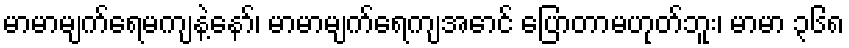
မာမာမျက်ရေမကျနဲ့နော်၊ မာမာမျက်ရေကျအောင် ပြောတာမဟုတ်ဘူး၊ မာမာ ၃၆၈